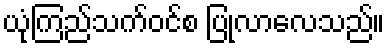
ယုံကြည်သက်ဝင်စ ပြုလာလေသည်။